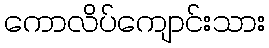
ကောလိပ်ကျောင်းသား